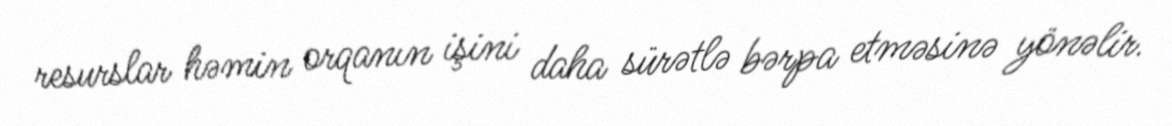
resurslar həmin orqanın işini daha sürətlə bərpa etməsinə yönəlir.